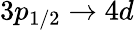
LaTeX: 3p_{1/2}\rightarrow 4d